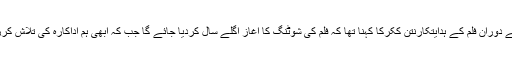
انٹرویوکے دوران فلم کے ہدایتکارنتن ککرکا کہنا تھا کہ فلم کی شوٹنگ کا آغاز اگلے سال کردیا جائے گا جب کہ ابھی ہم اداکارہ کی تلاش کررہے ہیں۔